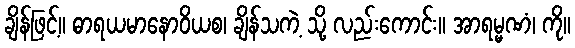
ချိန်ဖြင့်။ ဓာရယမာနောဝိယစ၊ ချိန်သကဲ့ သို့ လည်းကောင်း။ အာရမ္မဏံ၊ ကို။